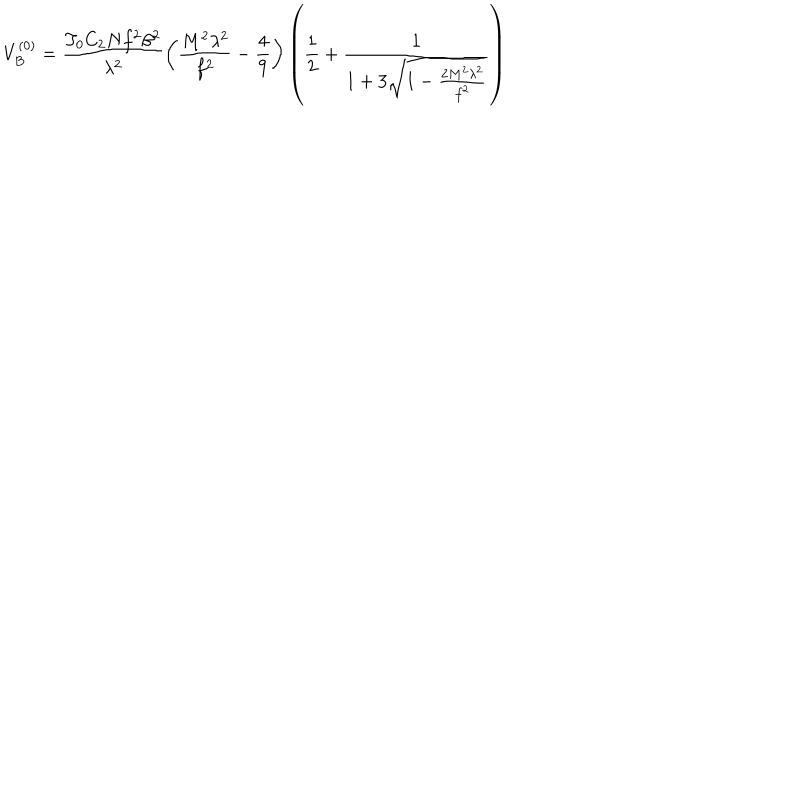
LaTeX: V _ { B } ^ { ( 0 ) } = \frac { T _ { 0 } C _ { 2 } N f ^ { 2 } \beta ^ { 2 } } { \lambda ^ { 2 } } \left( \frac { M ^ { 2 } \lambda ^ { 2 } } { f ^ { 2 } } - \frac { 4 } { 9 } \right) \left( \frac { 1 } { 2 } + \frac { 1 } { 1 + 3 \sqrt { 1 - \frac { 2 M ^ { 2 } \lambda ^ { 2 } } { f ^ { 2 } } } } \right)